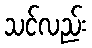
သင်လည်း